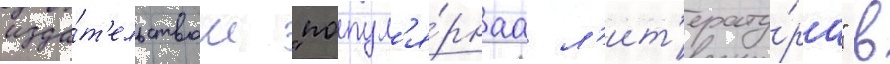
изда́т'ельством "попул'я́рнаа л'ит'ерату́ра" в